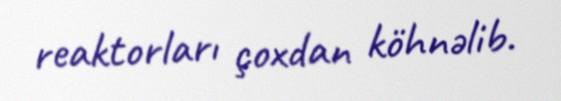
reaktorları çoxdan köhnəlib.